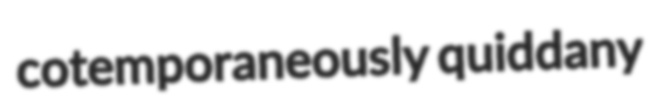
cotemporaneously quiddany